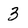
Character: 3